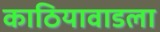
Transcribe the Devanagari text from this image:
काठियावाडला